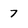
Character: 7